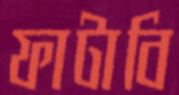
ফাটাবি